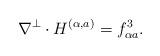
LaTeX: \begin{align*}\nabla^\perp\cdot H^{(\alpha, a)}=f^3_{\alpha a}.\end{align*}